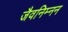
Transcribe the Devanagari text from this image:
जैवनिम्नन